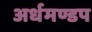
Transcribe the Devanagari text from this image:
अर्धमण्डप